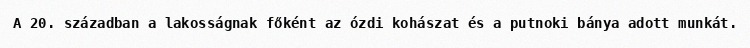
A 20. században a lakosságnak főként az ózdi kohászat és a putnoki bánya adott munkát.